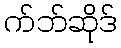
က်ဘ်ဆိုဒ်